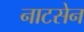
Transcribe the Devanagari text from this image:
नाटसेन